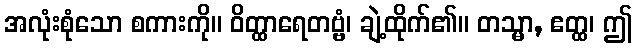
အလုံးစုံသော စကားကို။ ဝိတ္ထာရေတဗ္ဗံ၊ ချဲ့ထိုက်၏။ တသ္မာ, ဧတ္ထ၊ ဤ